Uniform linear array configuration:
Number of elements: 32
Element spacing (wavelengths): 0.25
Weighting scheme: exponential
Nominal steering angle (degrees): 0
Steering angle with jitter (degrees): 1.324
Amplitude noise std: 0.05
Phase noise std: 0.05

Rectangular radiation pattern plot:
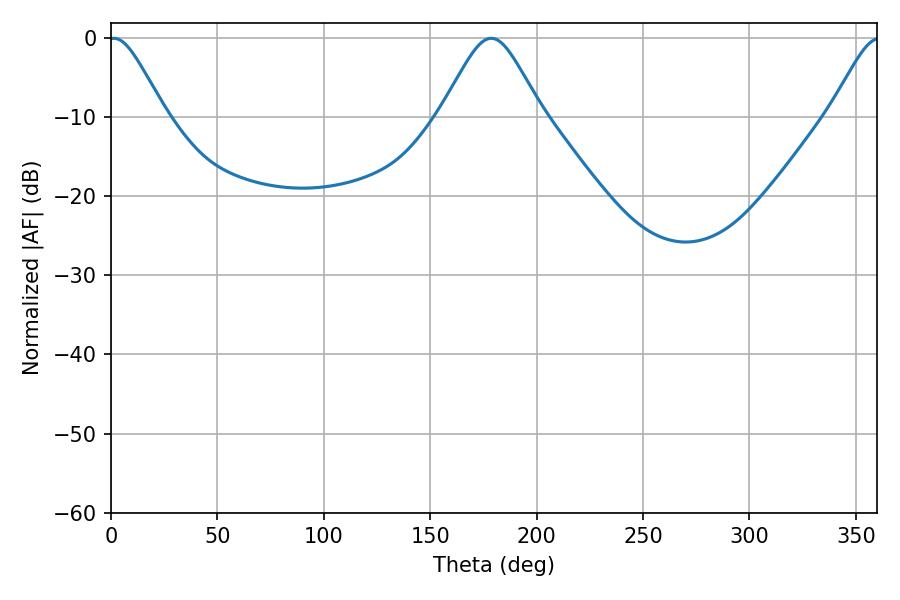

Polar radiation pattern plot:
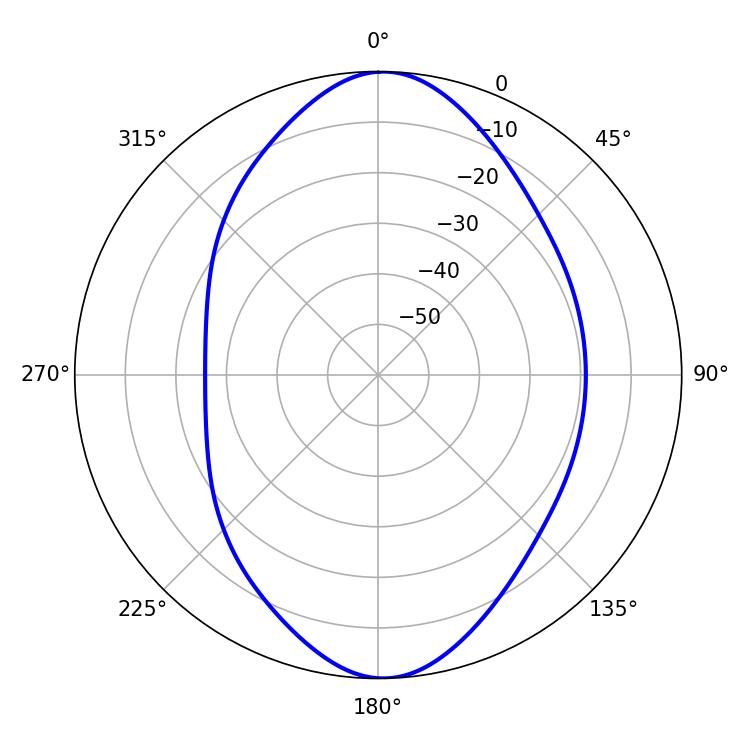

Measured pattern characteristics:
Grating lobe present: FALSE
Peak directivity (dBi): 17.531
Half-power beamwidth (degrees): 12.96
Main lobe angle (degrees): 1.26